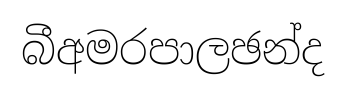
බීඅමරපාලඡන්ද